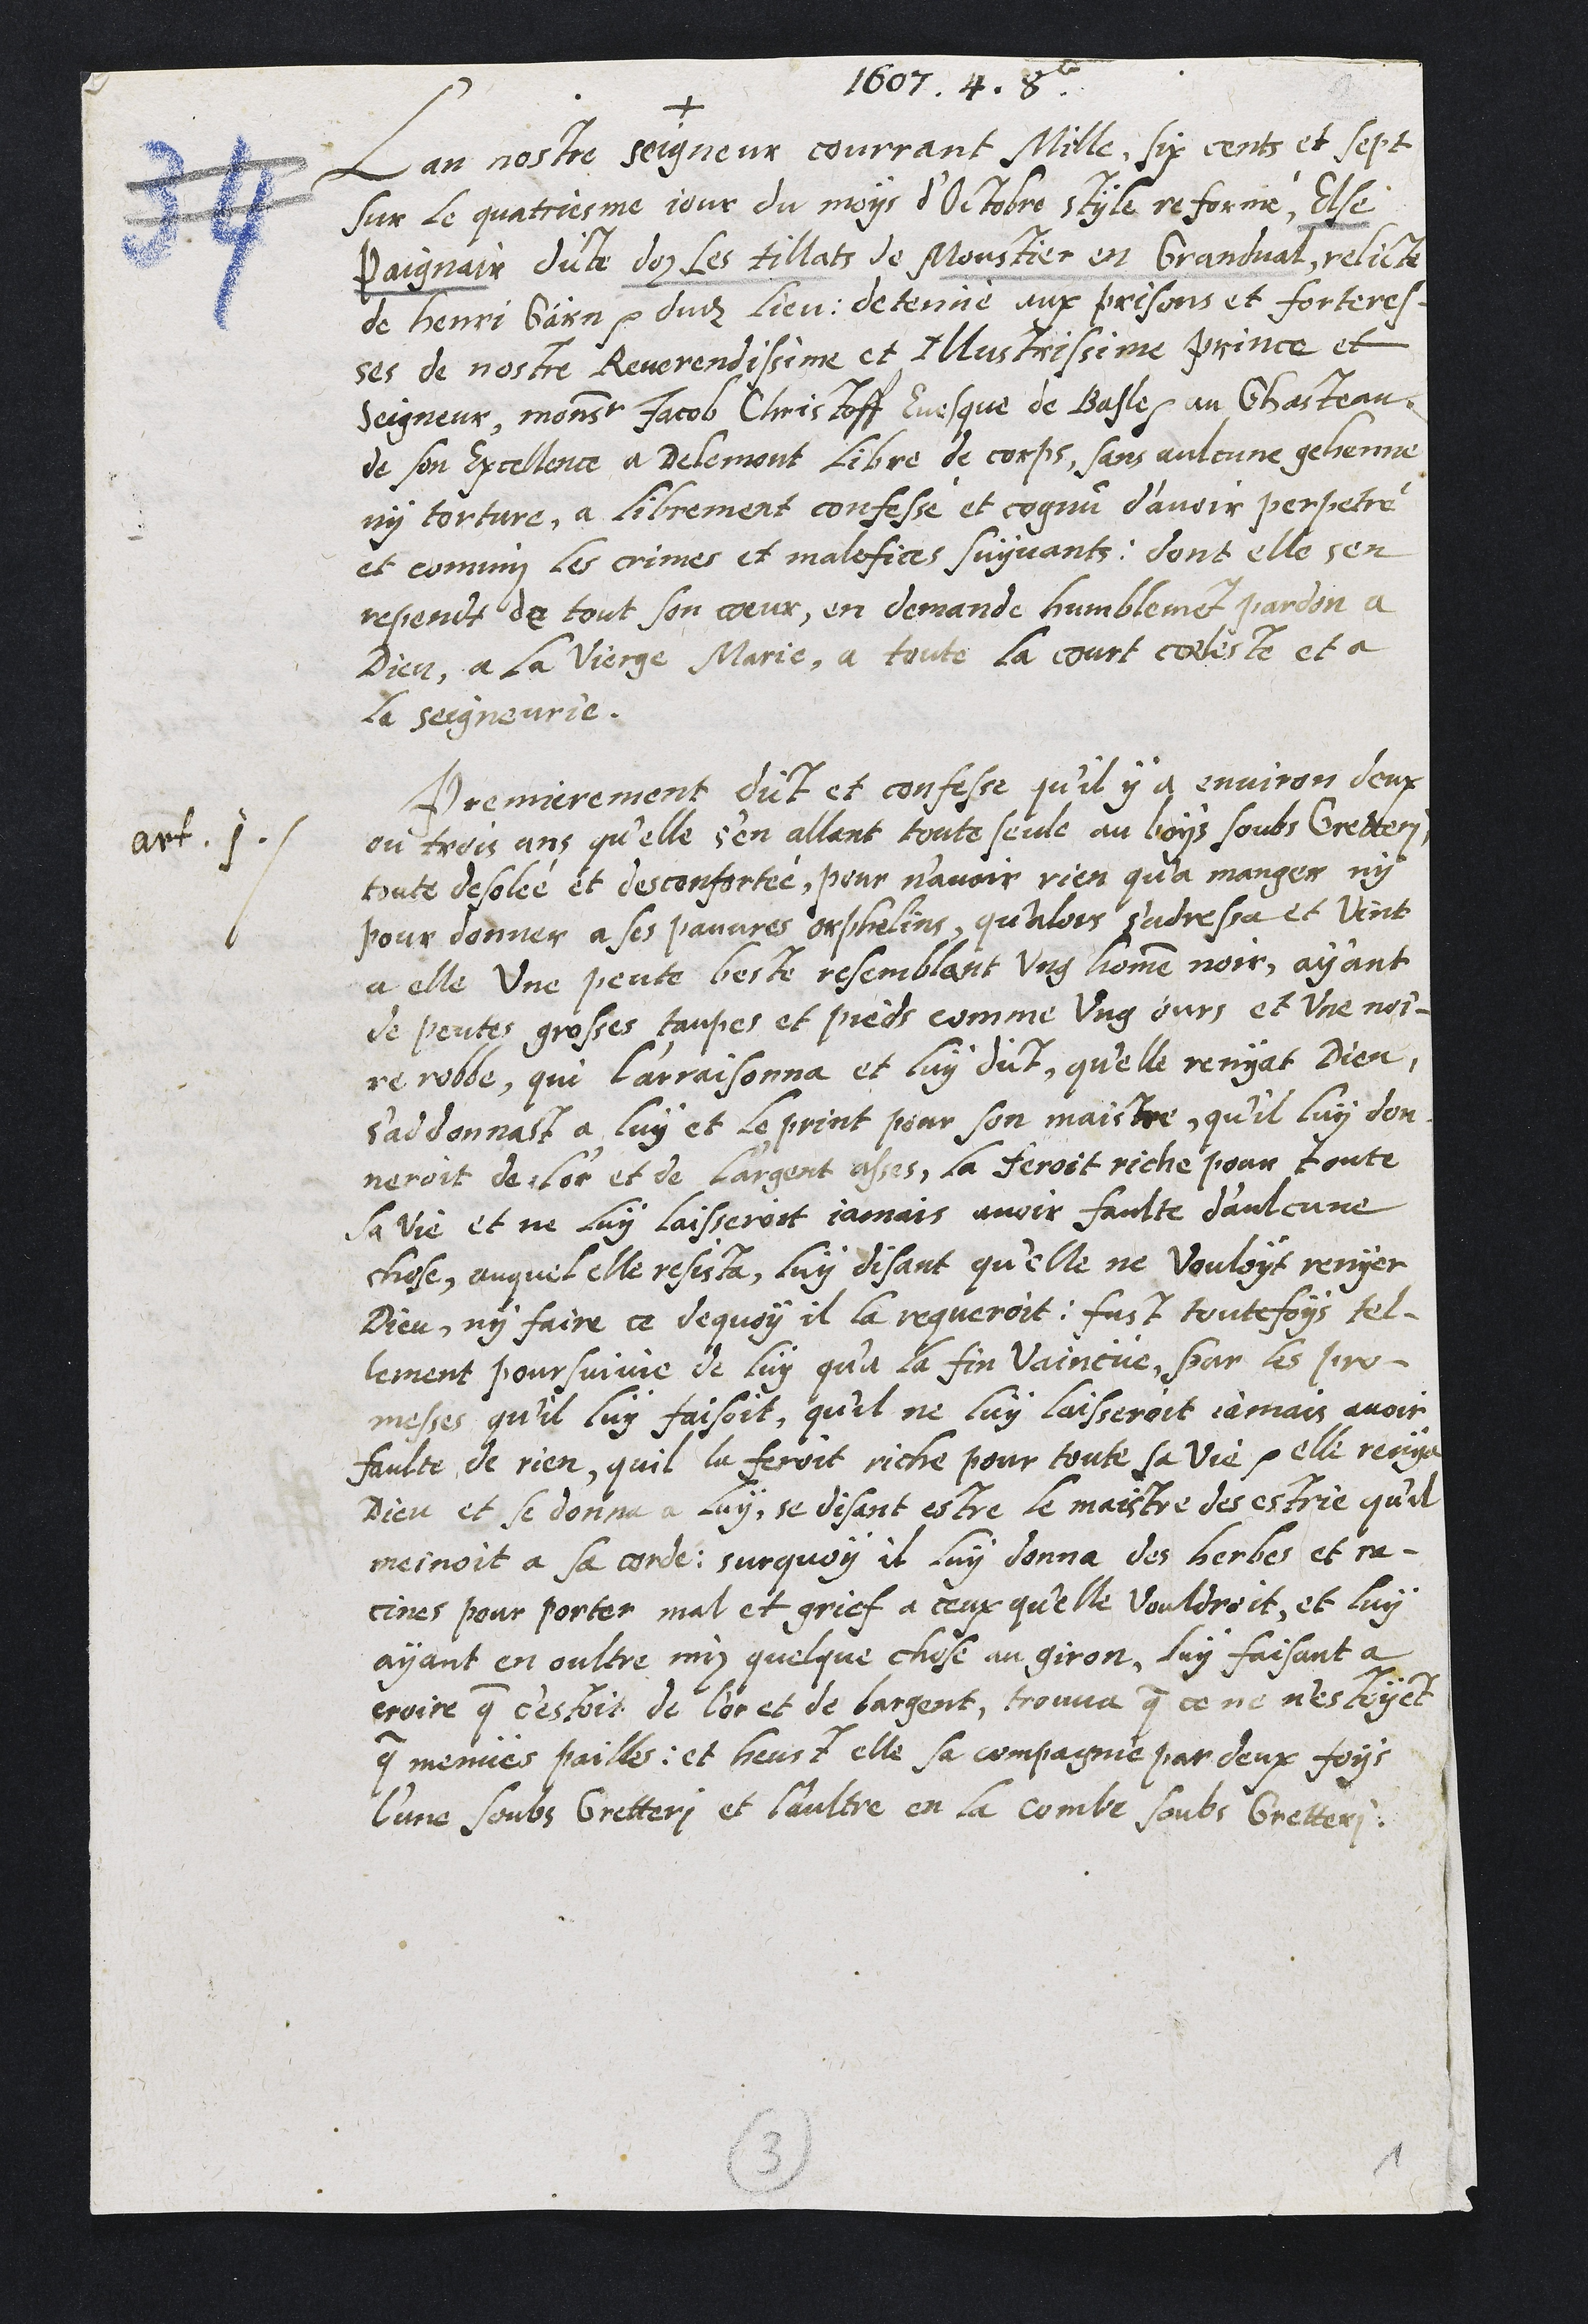
1607. 4. 8e
+
Lan nostre Seigneur courrant Mille, six cent et sept
sur le quatriesme jour du moys d'Octobre style reformé, Else
Paignair dicte doz les tillats de Moustier en Grandval, relicte
de Henri Gärn dudit lieu, detenue aux prisons et forteres-
ses de nostre Reverendissime et Illustrissime Prince et
Seigneur, monsr Jacob Christoff Evesque de Basle au Chasteau,
de son Excellence a Delemont libre de corps, sans aulcune gehenne,
ny torture, a librement confessé et cognu d’avoir perpetré
et commis les crimes et malefices suyvants: dont elle sen
rependt de tout son coeur, en demande humblement pardon a
Dieu, a la Vierge Marie, a toute la court coeleste et a
la Seigneurie.
art. 1
Premierement dict et confesse qu’il y a environ deux
ou trois ans qu'elle s'en allant toute seule au bois soubs Gretteri
toute desolée et desconfortée, pour n’avoir rien qu'a manger ny
pour donner a ses pauvres orphelins, qu'alors s'adressa et vint
a elle une peute beste resemblant ung homme noir, ayant
de peutes grosses taupes et pieds comme ung ours et une noi-
re robbe, qui l'arraisonna et luy dict, qu'elle renyat Dieu,
s'addonnast a luy et le print pour son maistre, qu'il luy don-
neroit de l'or et de l'argent asses, la feroit riche pour toute
sa vie et ne luy laisseroit jamais avoir faulte d'aulcune
chose, auquel elle resista, luy disant qu'elle ne vouloyt renyer
Dieu, ny faire ce dequoy il la requeroit ; fust toutefoys tel-
lement poursuivie de luy qu'a la fin vaincüe par les pro-
messes qu'il luy faisoit, qu'il ne luy laisseroit jamais avoir
faulte de rien, quil la feroit riche pour toute sa vie, elle renya
Dieu et se donna a luy, se disant estre le maistre des estrie qu’il
meinoit a sa corde; Surquoy il luy donna des herbes et ra-
cines pour porter mal et grief a ceux qu'elle vouldroit, et luy
ayant en oultre miz quelque chose au giron, luy faisant a
croire que c’estoit de l'or et de largent, trouva que ce ne n'estoyent
que menües pailles ; et heust elle sa compagnie par deux foys
l’une soubs Gretteri, et l’aultre en la combe soubs Gretteri.

3
1